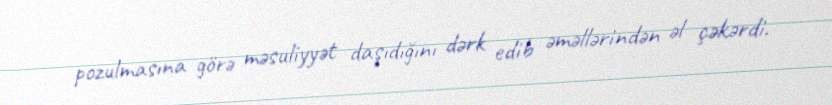
pozulmasına görə məsuliyyət daşıdığını dərk edib əməllərindən əl çəkərdi.